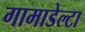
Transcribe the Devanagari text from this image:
गामाडेल्टा